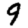
Digit: 9